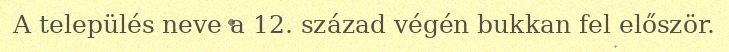
A település neve a 12. század végén bukkan fel először.